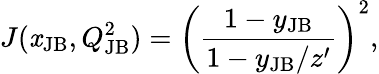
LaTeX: J(\mathit{x}_{\mathrm{{JB}}},Q_{\mathrm{{JB}}}^{2})=\left(\frac{{1-y_{\mathrm{{JB}}}}}{{1-y_{\mathrm{{JB}}}/z^{\prime}}}\right)^{2},